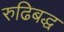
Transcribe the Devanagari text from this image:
रुढिबद्ध